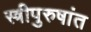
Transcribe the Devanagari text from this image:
स्त्रीपुरुषांत